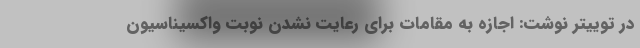
در توییتر نوشت: اجازه به مقامات برای رعایت نشدن نوبت واکسیناسیون